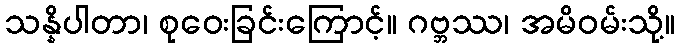
သန္နိပါတာ၊ စုဝေးခြင်းကြောင့်။ ဂဗ္ဘဿ၊ အမိဝမ်းသို့။